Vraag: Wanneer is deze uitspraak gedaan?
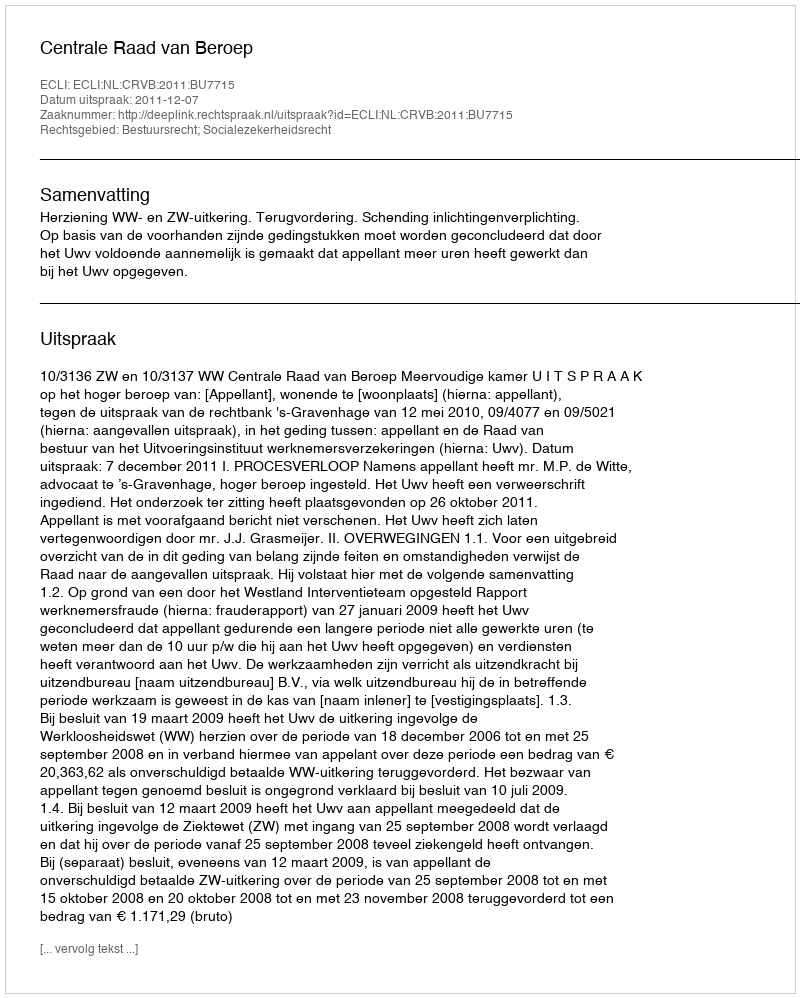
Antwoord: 2011-12-07